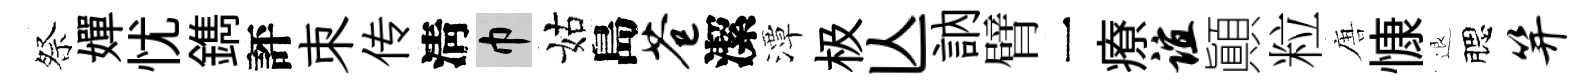
祭嬋忧鐫評朿传淸巾姑島苍潔潭极亾訥臂一療谊顚粒唐慷退腮笄